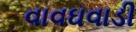
વાવઘવાડી